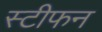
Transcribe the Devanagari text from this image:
स्‍टीफन